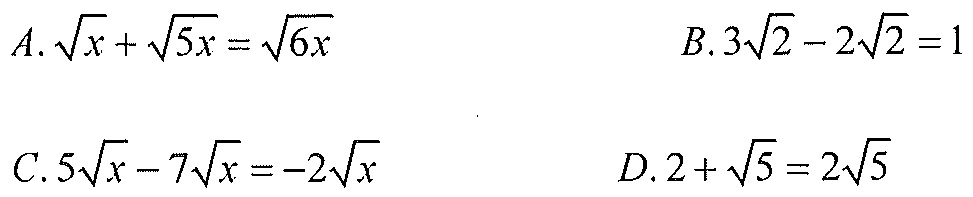
\(A.\sqrt{x}+\sqrt{5x}=\sqrt{6x}\)  \(B.3\sqrt{2}-2\sqrt{2}=1\)

\(C.5\sqrt{x}-7\sqrt{x}=-2\sqrt{x}\)  \(D.2+\sqrt{5}=2\sqrt{5}\)